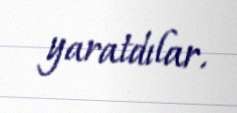
yaratdılar.